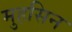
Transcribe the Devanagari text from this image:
मुहसिन